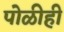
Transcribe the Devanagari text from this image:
पोळीही